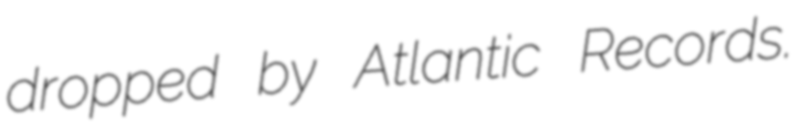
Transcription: dropped by Atlantic Records.